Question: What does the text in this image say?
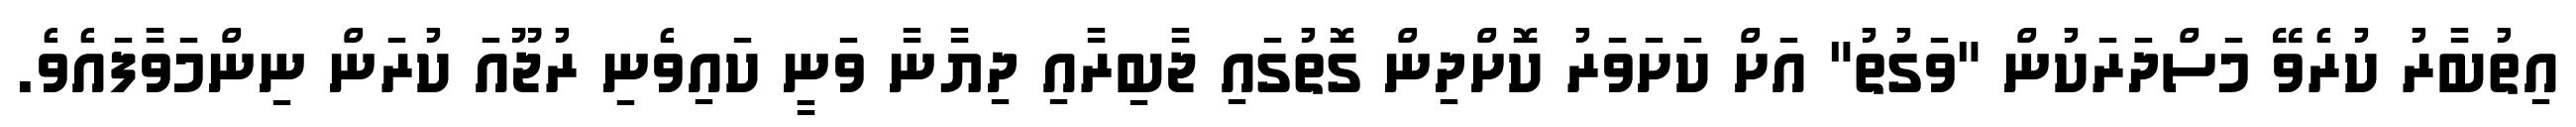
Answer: އިތުބާރު ކުރެވޭ މަސްދަރަކުން "ވަގުތު" އަށް ކަށަވަރު ކޮށްދިން ގޮތުގައި ޖާބިރާއި ދިޔާނާ ވަނީ ކައިވެނި ރުޖޫއަ ކުރަން ނިންމަވާފައެވެ.